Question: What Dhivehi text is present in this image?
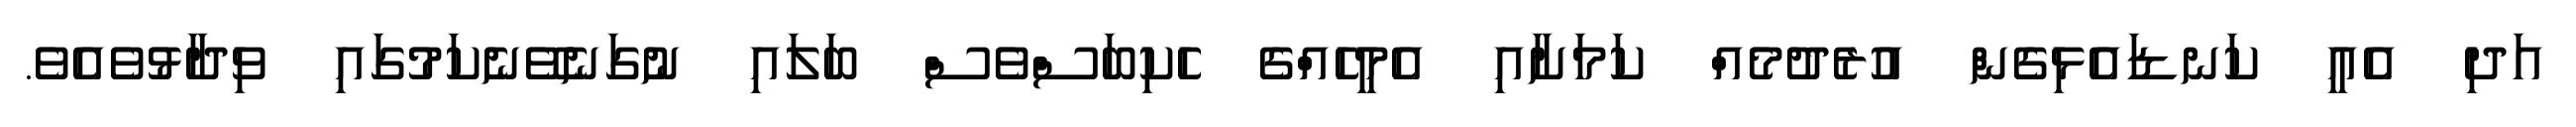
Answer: އަދި އެއީ ކަނޑައެޅިގެން އުރެދުމެއް ކަމަށާއި އެމީހެއްގެ ހެކިބަސްވެސް ބަލައި ނުގަނެވޭނެކަމުގައި ވިދާޅުވެއެވެ.